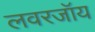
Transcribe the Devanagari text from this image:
लवरजॉय